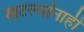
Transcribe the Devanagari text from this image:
खटल्यांनाही